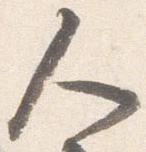
人